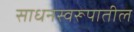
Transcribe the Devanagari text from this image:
साधनस्वरूपातील